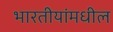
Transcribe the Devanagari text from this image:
भारतीयांमधील